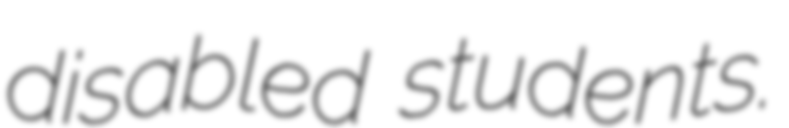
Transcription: disabled students.